Civil Veterinary Department Bihar & Orissa reports 1911-21 - 1911-1921
Year: 1911
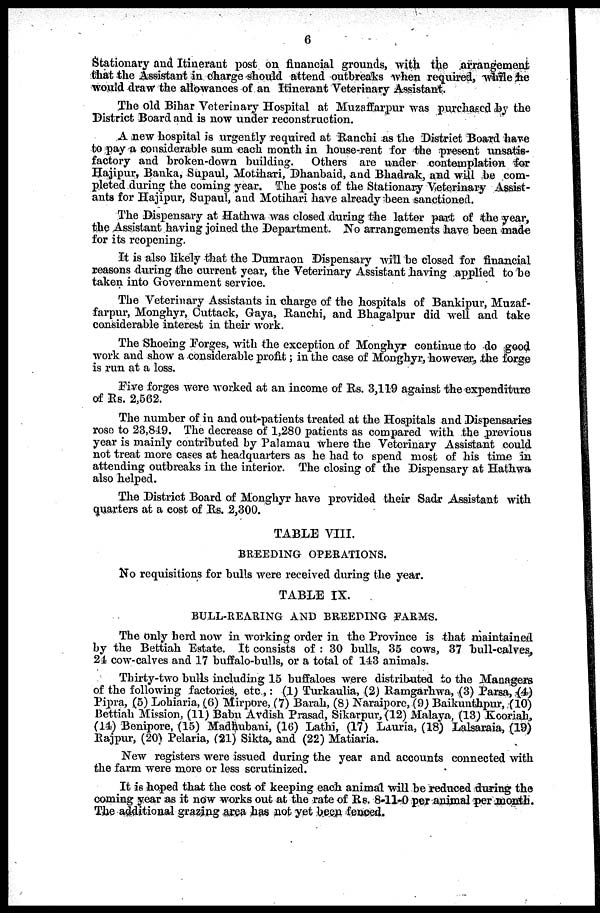
6
Stationary and Itinerant post on financial grounds, with the arrangement
that the Assistant in charge should attend outbreaks when required, while he
would draw the allowances of an Itinerant Veterinary Assistant.
The old Bihar Veterinary Hospital at Muzaffarpur was purchased by the
District Board and is now under reconstruction.
A new hospital is urgently required at Ranchi as the District Board have
to pay a considerable sum each month in house-rent for the present unsatis-
factory and broken-down building. Others are under contemplation for
Hajipur, Banka, Supaul, Motihari, Dhanbaid, and Bhadrak, and will be com-
pleted during the coming year. The posts of the Stationary Veterinary Assist-
ants for Hajipur, Supaul, and Motihari have already been sanctioned.
The Dispensary at Hathwa was closed during the latter part of the year,
the Assistant having joined the Department. No arrangements have been made
for its reopening.
It is also likely that the Dumraon Dispensary will be closed for financial
reasons during the current year, the Veterinary Assistant having applied to he
taken into Government service.
The Veterinary Assistants in charge of the hospitals of Bankipur, Muzaf-
farpur, Monghyr, Cuttack, Gaya, Ranchi, and Bhagalpur did well and take
considerable interest in their work.
The Shoeing Forges, with the exception of Monghyr continue to do good
work and show a considerable profit ; in the case of Monghyr, however, the forge
is run at a loss.
Five forges were worked at an income of Rs. 3,119 against the expenditure
of Rs. 2,562.
The number of in and out-patients treated at the Hospitals and Dispensaries
rose to 23,849. The decrease of 1,280 patients as compared with the previous
year is mainly contributed by Palamau where the Veterinary Assistant could
not treat more cases at headquarters as he had to spend most of his time in
attending outbreaks in the interior. The closing of the Dispensary at Hathwa
also helped.
The District Board of Monghyr have provided their Sadr Assistant with
quarters at a cost of Rs. 2,300.
TABLE VIII.
BREEDING OPERATIONS.
No requisitions for bulls were received during the year.
TABLE IX.
BULL-REARING AND BREEDING FARMS.
The only herd now in working order in the Province is that maintained
by the Bettiah Estate. It consists of : 30 bulls, 35 cows, 37 hull-calves,
24 cow-calves and 17 buffalo-bulls, or a total of 143 animals.
Thirty-two bulls including 15 buffaloes were distributed to the Managers
of the following factories, etc ,: (1) Turkaulia, (2) Ramgarhwa, (3) Parsa, (4)
Pipra, (5) Lohiaria, (6) Mirpore, (7) Barah, (8) Naraipore, (9) Baikunthpur, (10)
Bettiah Mission, (11) Babu Avdish Prasad, Sikarpur, (12) Malaya, (13) Kooriah,
(14) Benipore, (15) Madhubani, (16) Lathi, (17) Lauria, (18) Lalsaraia, (19)
Rajpur, (20) Pelaria, (21) Sikta, and (22) Matiaria.
New registers were issued during the year and accounts connected with
the farm were more or less scrutinized.
It is hoped that the cost of keeping each animal will be reduced during the
coining year as it now works out at the rate of Rs. 8-11-0 per animal per month.
The additional grazing area has not yet been fenced.